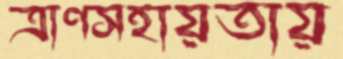
ত্রাণসহায়তায়